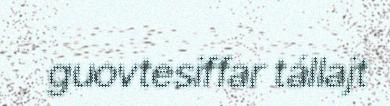
guovtesiffar tállajt